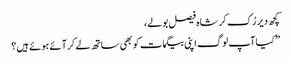
کچھ دیر رُک کر شاہ فیصل بولے،
” کیا آپ لوگ اپنی بیگمات کو بھی ساتھ لے کر آئے ہوئے ہیں؟